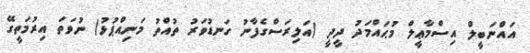
އައްނަބީލް އިސްމާޢީލް މުޙައްމަދު ދީދީ (އަލިރަސްގެފާނު ގަނޑުވަރު ތުއްތު މަނިއްޕުޅު) ނުވަތަ އިރުމަތީގޭ